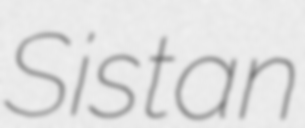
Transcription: Sistan